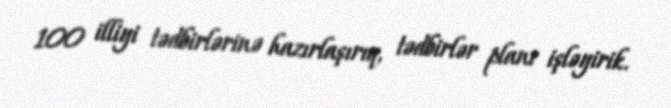
100 illiyi tədbirlərinə hazırlaşırıq, tədbirlər planı işləyirik.